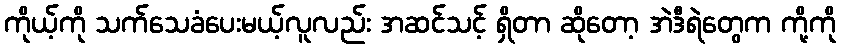
ကိုယ့်ကို သက်သေခံပေးမယ့်လူလည်း အဆင်သင့် ရှိတာ ဆိုတော့ အဲဒီရဲတွေက ကို့ကို